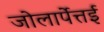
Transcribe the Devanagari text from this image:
जोलार्पेत्तई